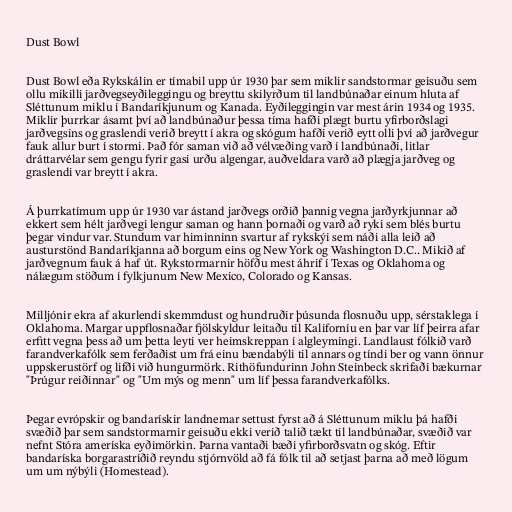
Dust Bowl

Dust Bowl eða Rykskálin er tímabil upp úr 1930 þar sem miklir sandstormar geisuðu sem
ollu mikilli jarðvegseyðileggingu og breyttu skilyrðum til landbúnaðar einum hluta af
Sléttunum miklu í Bandaríkjunum og Kanada. Eyðileggingin var mest árin 1934 og 1935.
Miklir þurrkar ásamt því að landbúnaður þessa tíma hafði plægt burtu yfirborðslagi
jarðvegsins og graslendi verið breytt í akra og skógum hafði verið eytt olli því að jarðvegur
fauk allur burt í stormi. Það fór saman við að vélvæðing varð í landbúnaði, litlar
dráttarvélar sem gengu fyrir gasi urðu algengar, auðveldara varð að plægja jarðveg og
graslendi var breytt í akra.

Á þurrkatímum upp úr 1930 var ástand jarðvegs orðið þannig vegna jarðyrkjunnar að
ekkert sem hélt jarðvegi lengur saman og hann þornaði og varð að ryki sem blés burtu
þegar vindur var. Stundum var himinninn svartur af rykskýi sem náði alla leið að
austurstönd Bandaríkjanna að borgum eins og New York og Washington D.C.. Mikið af
jarðvegnum fauk á haf út. Rykstormarnir höfðu mest áhrif í Texas og Oklahoma og
nálægum stöðum í fylkjunum New Mexico, Colorado og Kansas.

Milljónir ekra af akurlendi skemmdust og hundruðir þúsunda flosnuðu upp, sérstaklega í
Oklahoma. Margar uppflosnaðar fjölskyldur leitaðu til Kaliforníu en þar var líf þeirra afar
erfitt vegna þess að um þetta leyti ver heimskreppan í algleymingi. Landlaust fólkið varð
farandverkafólk sem ferðaðist um frá einu bændabýli til annars og tíndi ber og vann önnur
uppskerustörf og lifði við hungurmörk. Rithöfundurinn John Steinbeck skrifaði bækurnar
"Þrúgur reiðinnar" og "Um mýs og menn" um líf þessa farandverkafólks.

Þegar evrópskir og bandarískir landnemar settust fyrst að á Sléttunum miklu þá hafði
svæðið þar sem sandstormarnir geisuðu ekki verið talið tækt til landbúnaðar, svæðið var
nefnt Stóra ameríska eyðimörkin. Þarna vantaði bæði yfirborðsvatn og skóg. Eftir
bandaríska borgarastríðið reyndu stjórnvöld að fá fólk til að setjast þarna að með lögum
um um nýbýli (Homestead).